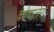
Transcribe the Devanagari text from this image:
कोबालेरो